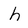
Character: h